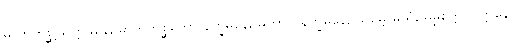
မာတုကုစ္ဆိဩက္ကမနေ, မာတုကုစ္ဆိတော နိက္ခမနေ, မဟာဘိနိက္ခမနေ, သမ္ဗောဓိယံ, ဓမ္မစက္ကပ္ပဝတ္တနေ